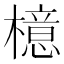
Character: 檍